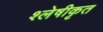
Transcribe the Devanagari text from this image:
श्लेषीकृत